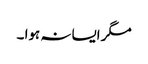
مگر ایسا نہ ہوا ۔